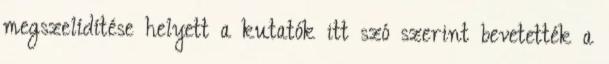
megszelídítése helyett a kutatók itt szó szerint bevetették a